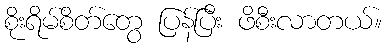
စိုးရိမ်စိတ်တွေ ပြန်ပြီး ဖိစီးလာတယ်။